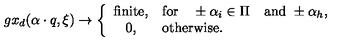
g x _ { d } ( \alpha \cdot q , \xi ) \to \left\{ \begin{array} { c l } { \mathrm { f i n i t e } , } & { \mathrm { f o r } \quad \pm \alpha _ { i } \in \Pi \quad \mathrm { a n d } \ \pm \alpha _ { h } , } \\ { 0 , } & { \mathrm { o t h e r w i s e . } } \\ \end{array} \right.